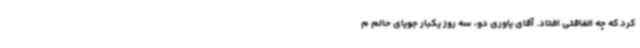
کرد که چه اتفاقتی افتاد. آقای یاوری دو، سه روز یکبار جویای حالم م